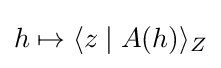
h\mapsto \langle z\mid A(h)\rangle _{Z}